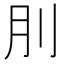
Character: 刖